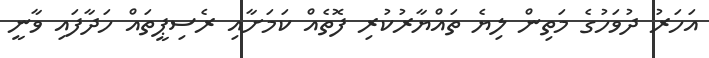
އަހަރު ދުވަހުގެ މަތިން ލިޔެ ތައްޔާރުކުރި ފޮތެއް ކަމަށާއި ރެސިޕީތައް ހަދާފައި ވާނީ